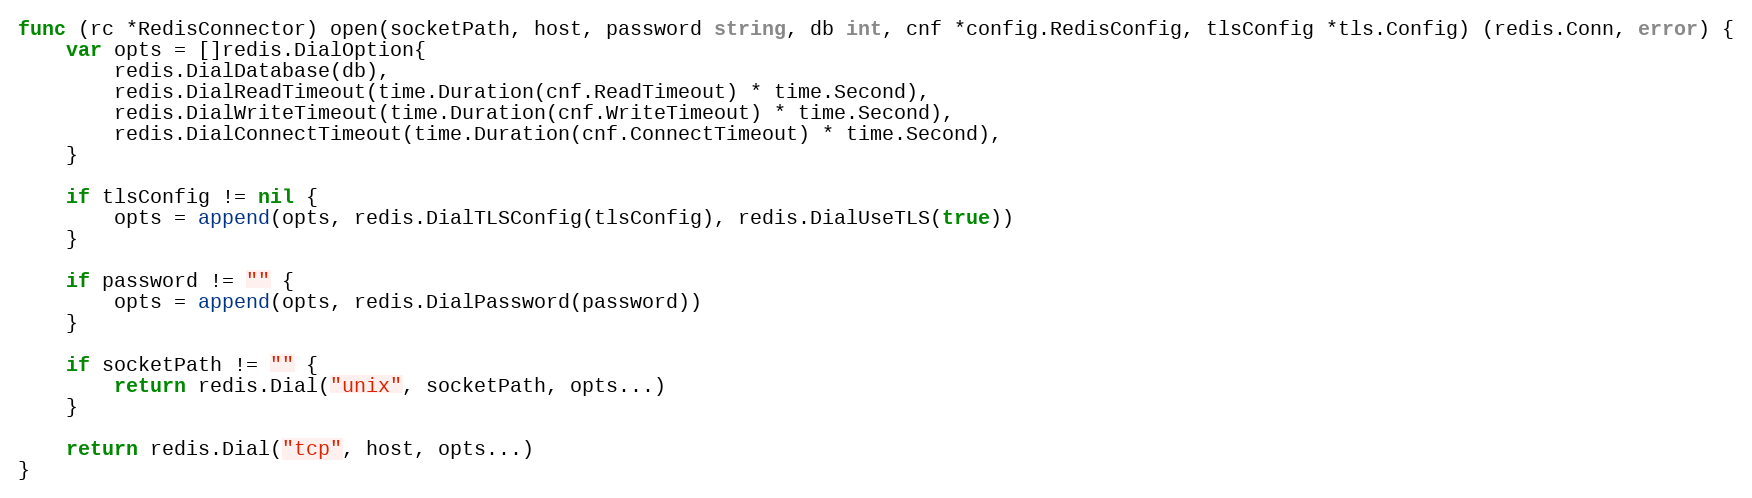
Language: Go
func (rc *RedisConnector) open(socketPath, host, password string, db int, cnf *config.RedisConfig, tlsConfig *tls.Config) (redis.Conn, error) {
	var opts = []redis.DialOption{
		redis.DialDatabase(db),
		redis.DialReadTimeout(time.Duration(cnf.ReadTimeout) * time.Second),
		redis.DialWriteTimeout(time.Duration(cnf.WriteTimeout) * time.Second),
		redis.DialConnectTimeout(time.Duration(cnf.ConnectTimeout) * time.Second),
	}

	if tlsConfig != nil {
		opts = append(opts, redis.DialTLSConfig(tlsConfig), redis.DialUseTLS(true))
	}

	if password != "" {
		opts = append(opts, redis.DialPassword(password))
	}

	if socketPath != "" {
		return redis.Dial("unix", socketPath, opts...)
	}

	return redis.Dial("tcp", host, opts...)
}